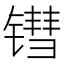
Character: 𬭬